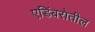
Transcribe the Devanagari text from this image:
एडिंबरोतील